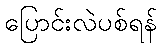
ပြောင်းလဲပစ်ရန်